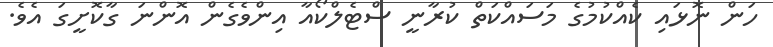
ހަން ނޮޅައި ކެއްކުމުގެ މަސައްކަތް ކުރާނީ ސްޓެލްކޯއާ އިންވެގެން އޮންނަ ގާކޮށީގަ އެވެ.